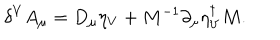
\delta ^ { V } A _ { \mu } = D _ { \mu } \eta _ { V } + M ^ { - 1 } \partial _ { \mu } \eta _ { V } ^ { \dagger } M .